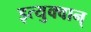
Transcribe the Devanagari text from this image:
इत्युक्वान्